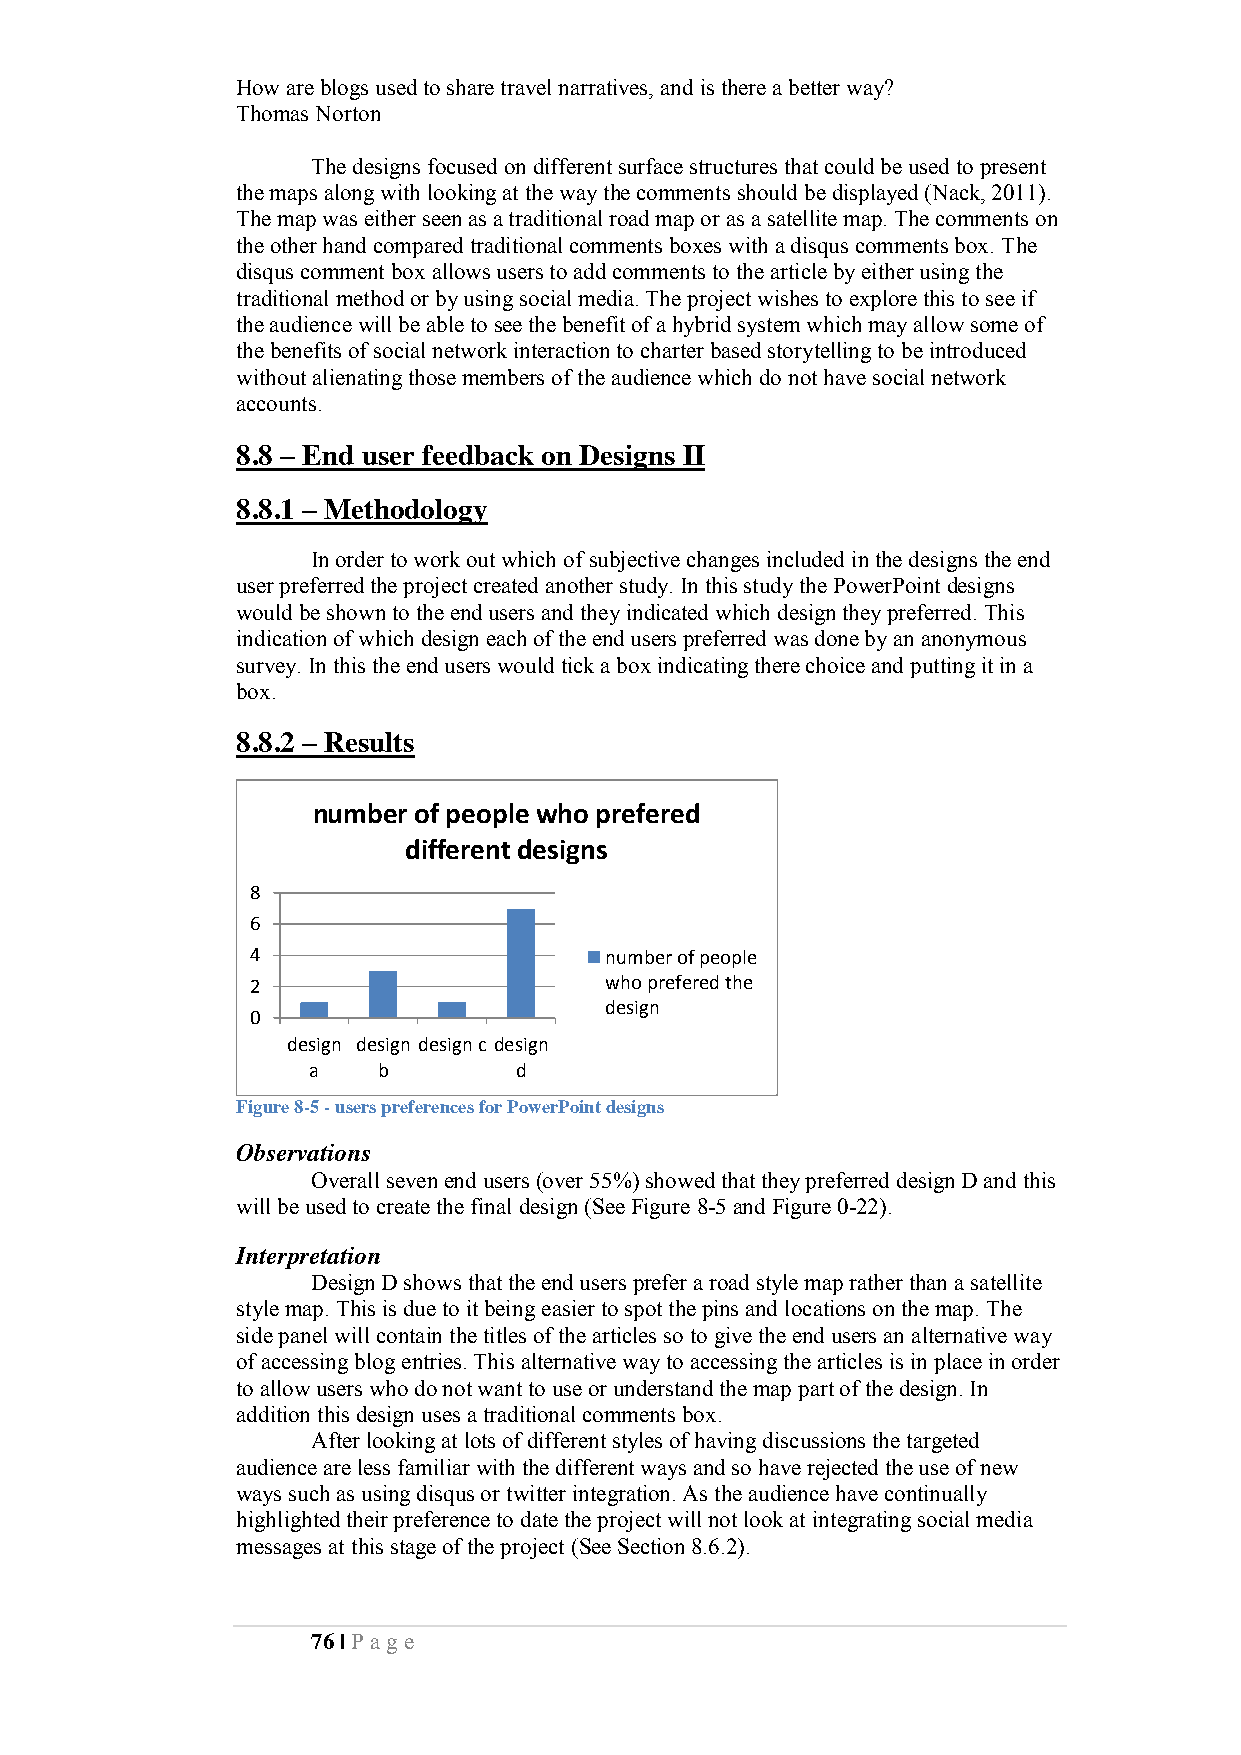
How are blogs used to share travel narratives, and is there a better way?
 Thomas Norton
 The designs focused on different surface structures that could be used to present
 the maps along with looking at the way the comments should be displayed (Nack, 2011).
 The map was either seen as a traditional road map or as a satellite map. The comments on
 the other hand compared traditional comments boxes with a disqus comments box. The
 disqus comment box allows users to add comments to the article by either using the
 traditional method or by using social media. The project wishes to explore this to see if
 the audience will be able to see the benefit of a hybrid system which may allow some of
 the benefits of social network interaction to charter based storytelling to be introduced
 without alienating those members of the audience which do not have social network
 accounts.
 8.8 – End user feedback on Designs II
 8.8.1 – Methodology
 In order to work out which of subjective changes included in the designs the end
 user preferred the project created another study. In this study the PowerPoint designs
 would be shown to the end users and they indicated which design they preferred. This
 indication of which design each of the end users preferred was done by an anonymous
 survey. In this the end users would tick a box indicating there choice and putting it in a
 box.
 8.8.2 – Results
 number of people who prefered
 different designs
 8
 6
 4                      number of people
 2                      who prefered the
 design
 0
 design design design c design
 a    b        d
 Figure 8-5 - users preferences for PowerPoint designs
 Observations
 Overall seven end users (over 55%) showed that they preferred design D and this
 will be used to create the final design (See Figure 8-5 and Figure 0-22).
 Interpretation
 Design D shows that the end users prefer a road style map rather than a satellite
 style map. This is due to it being easier to spot the pins and locations on the map. The
 side panel will contain the titles of the articles so to give the end users an alternative way
 of accessing blog entries. This alternative way to accessing the articles is in place in order
 to allow users who do not want to use or understand the map part of the design. In
 addition this design uses a traditional comments box.
 After looking at lots of different styles of having discussions the targeted
 audience are less familiar with the different ways and so have rejected the use of new
 ways such as using disqus or twitter integration. As the audience have continually
 highlighted their preference to date the project will not look at integrating social media
 messages at this stage of the project (See Section 8.6.2).
 76 | Pa ge